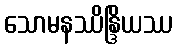
သောမနဿိန္ဒြိယဿ